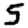
Digit: 5